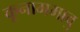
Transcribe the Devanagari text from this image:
कूनाममावु